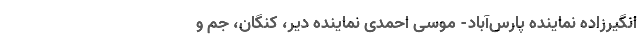
انگیرزاده نماینده پارس‌آباد- موسی احمدی نماینده دیر، کنگان، جم و